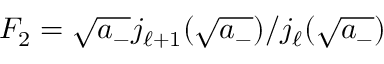
F _ { 2 } = \sqrt { a _ { - } } j _ { \ell + 1 } ( \sqrt { a _ { - } } ) / j _ { \ell } ( \sqrt { a _ { - } } )